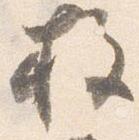
柱